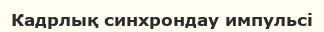
Кадрлық синхрондау импульсі